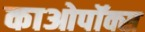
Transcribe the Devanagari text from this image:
काओपॉक्स